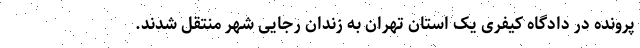
پرونده در دادگاه کیفری یک استان تهران به زندان رجایی شهر منتقل شدند.